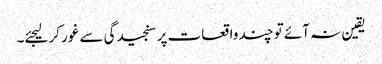
یقین نہ آئے تو چند واقعات پر سنجیدگی سے غور کرلیجئے۔